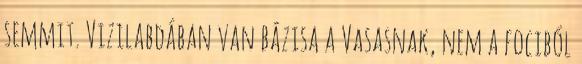
semmit. Vizilabdában van bázisa a Vasasnak, nem a fociból